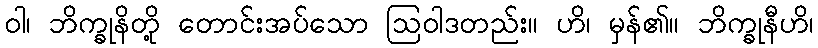
ဝါ၊ ဘိက္ခုနိတို့ တောင်းအပ်သော ဩဝါဒတည်း။ ဟိ၊ မှန်၏။ ဘိက္ခုနီဟိ၊